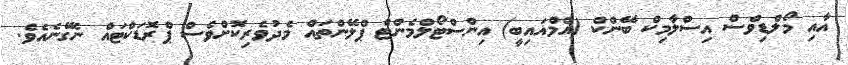
އާއި މޯލްޑިވްސް އިސްލާމިކް ބޭންކް (އެމްއައިބީ) އިންސްޓޯލްމެންޓް ޕްލޭންތައް މެދުވެރިކޮށްވެސް ޕްރޮޑަކްޓައް ނެގޭނެއެވެ.